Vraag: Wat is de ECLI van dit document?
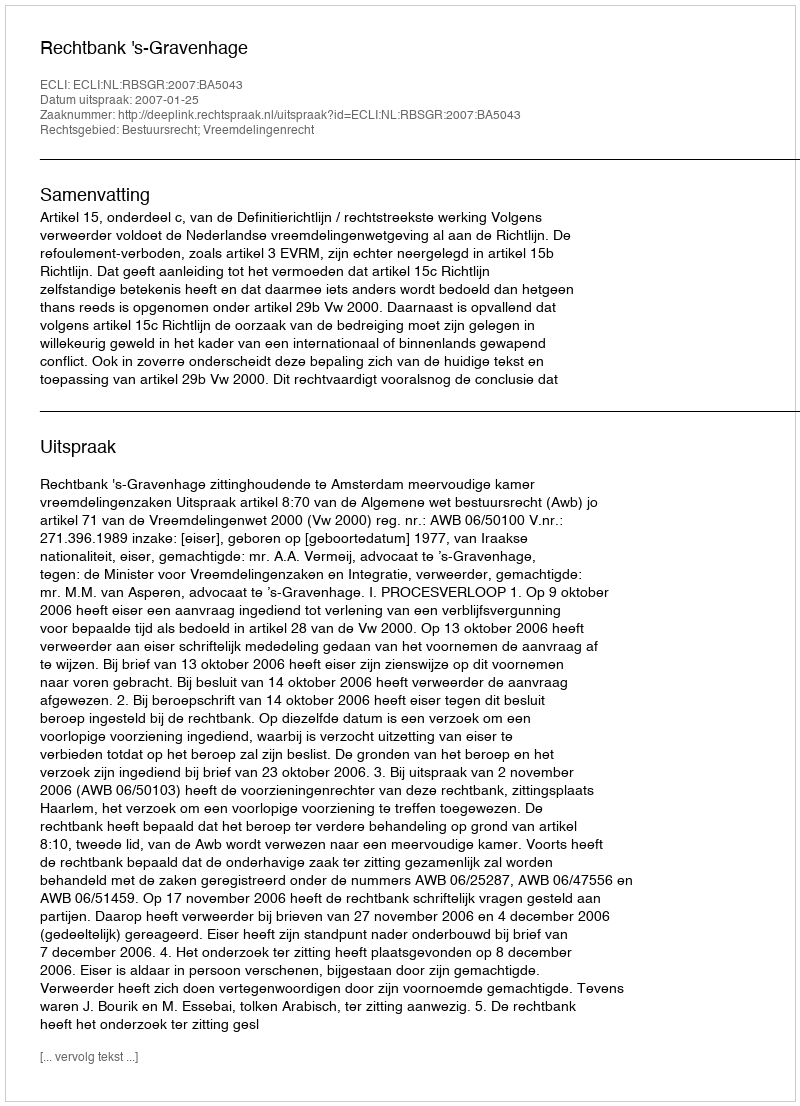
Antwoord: ECLI:NL:RBSGR:2007:BA5043